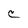
Character: C